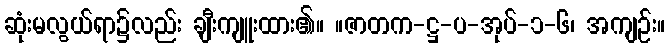
ဆုံးမလွယ်ရာ၌လည်း ချီးကျူးထား၏။ ။ဇာတက-ဋ္ဌ-ပ-အုပ်-၁-၆၊ အကျဉ်း။